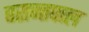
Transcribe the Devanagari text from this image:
बसन्तपाल